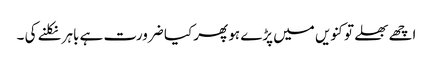
اچھے بھلے تو کنویں میں پڑے ہو پھر کیا ضرورت ہے باہر نکلنے کی ۔